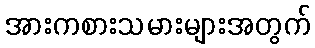
အားကစားသမားများအတွက်